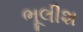
ભૂલીશ